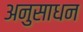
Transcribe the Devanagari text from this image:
अनुसाधन